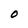
Character: O